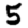
Digit: 5